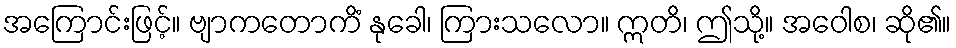
အကြောင်းဖြင့်။ ဗျာကတောကိံ နုခေါ၊ ကြားသလော။ ဣတိ၊ ဤသို့။ အဝေါစ၊ ဆို၏။